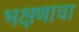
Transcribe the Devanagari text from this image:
भक्षणाचा